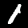
Digit: 1